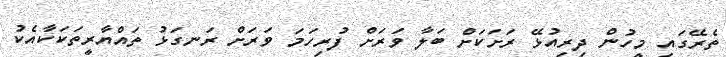
ތެރޭގައި މީހުން ދިރިއުޅޭ ރަށަކަށް ބަލާ ވަރަށް ފުރިހަމަ ވަރަށް ރަނގަޅު ތައްޔާރީތަކަކާއެކު